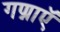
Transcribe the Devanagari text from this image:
गण्नाऍ